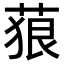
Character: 𦴭